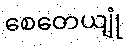
စေတေယျုံ